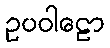
ဥပဝါဠော